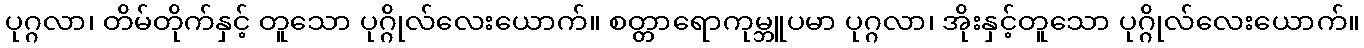
ပုဂ္ဂလာ၊ တိမ်တိုက်နှင့် တူသော ပုဂ္ဂိုလ်လေးယောက်။ စတ္တာရောကုမ္ဘူပမာ ပုဂ္ဂလာ၊ အိုးနှင့်တူသော ပုဂ္ဂိုလ်လေးယောက်။